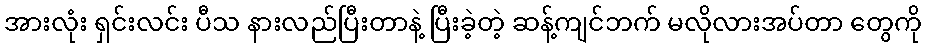
အားလုံး ရှင်းလင်း ပီသ နားလည်ပြီးတာနဲ့ ပြီးခဲ့တဲ့ ဆန့်ကျင်ဘက် မလိုလားအပ်တာ တွေကို